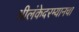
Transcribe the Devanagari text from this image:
श्रीलंकेदरम्यानचा